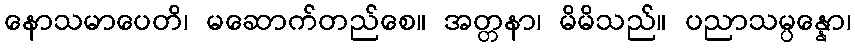
နောသမာပေတိ၊ မဆောက်တည်စေ။ အတ္တနာ၊ မိမိသည်။ ပညာသမ္ပန္နော၊